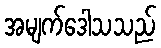
အမျက်ဒေါသသည်